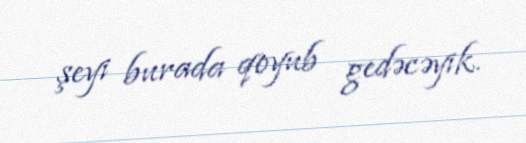
şeyi burada qoyub gedəcəyik.